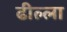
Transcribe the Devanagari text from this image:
ढील्ला